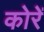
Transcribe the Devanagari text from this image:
कोरें